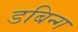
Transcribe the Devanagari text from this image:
डबिन्ग